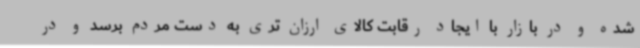
شده و در بازار با ایجاد رقابت کالای ارزان تری به دست مردم برسد و در